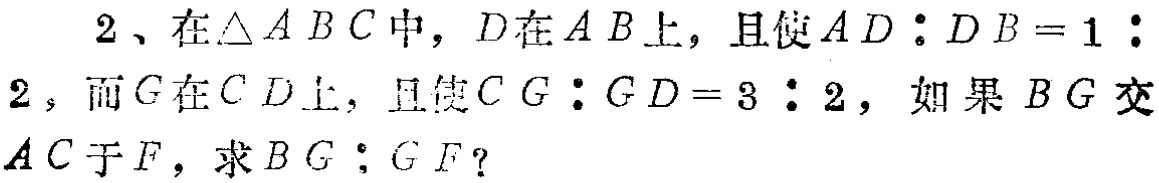
2、在\(\triangle ABC\)中，\(D\)在\(AB\)上，且使\(AD:DB = 1:2\)，而\(G\)在\(CD\)上，且使\(CG:GD = 3:2\)，如果\(BG\)交\(AC\)于\(F\)，求\(BG:GF\)？